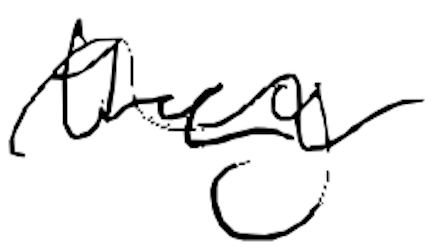
Text: they
Cross-out: mix
Writing tool: digital_black